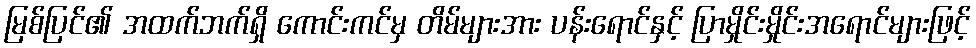
မြစ်ပြင်၏ အထက်ဘက်ရှိ ကောင်းကင်မှ တိမ်များအား ပန်းရောင်နှင့် ပြာမှိုင်းမှိုင်းအရောင်များဖြင့်